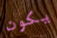
يكون